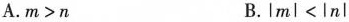
A.$$m>n$$ B.$$|ml<|n|$$